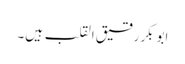
ابوبکر رقیق القلب ہیں۔